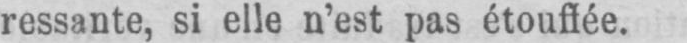
ressante, si elle n’est pas étouffée.